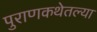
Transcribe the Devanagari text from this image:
पुराणकथेतल्या